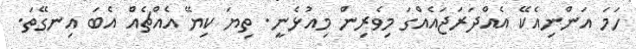
ހަމަ އަންނިއެކޭ އެއްދަރަޖައެއްގަ މިވެރިން މިއުޅެނީ. ތިޔަ ކިޔޭ އެއްޗެއް އެބަ އިނގޭތަ.